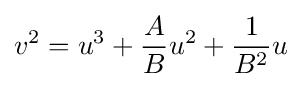
v^{2}=u^{3}+{\frac {A}{B}}u^{2}+{\frac {1}{B^{2}}}u